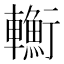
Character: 𨏎